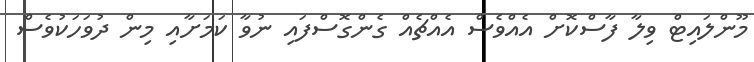
މޫންލައިޓް ވިލާ ފާސްކޮށް އެއްވެސް އެއްޗެއް ގެންގޮސްފައި ނުވާ ކަމަށާއި މިން ދުވަހަކުވެސް